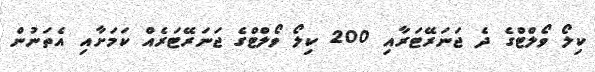
ކިލޯ ވޯލްޓްގެ ދެ ޖަނަރޭޓަރާއި 200 ކިލޯ ވޯލްޓްގެ ޖަނަރޭޓަރެއް ކަމަށާއި އެތަނުން